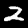
Digit: 2